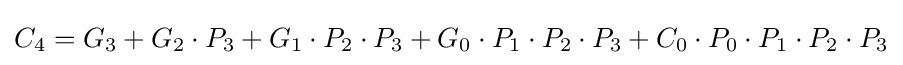
C_{4}=G_{3}+G_{2}\cdot P_{3}+G_{1}\cdot P_{2}\cdot P_{3}+G_{0}\cdot P_{1}\cdot P_{2}\cdot P_{3}+C_{0}\cdot P_{0}\cdot P_{1}\cdot P_{2}\cdot P_{3}